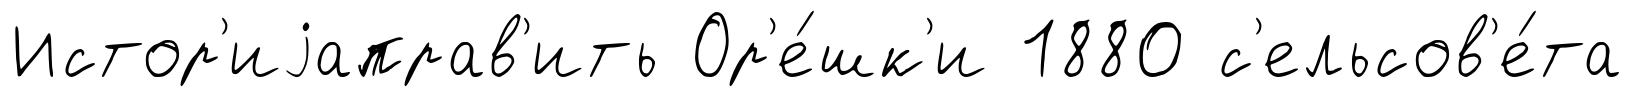
Истор'иjаправ'ить Ор'е́шк'и 1880 с'ельсов'е́та